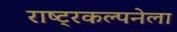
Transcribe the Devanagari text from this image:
राष्ट्रकल्पनेला